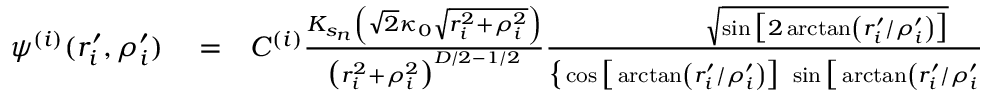
\begin{array} { r l r } { \psi ^ { ( i ) } ( r _ { i } ^ { \prime } , \rho _ { i } ^ { \prime } ) } & { { } = } & { C ^ { ( i ) } \frac { K _ { s _ { n } } \left( \sqrt { 2 } \kappa _ { 0 } \sqrt { r _ { i } ^ { 2 } + \rho _ { i } ^ { 2 } } \right) } { \big ( r _ { i } ^ { 2 } + \rho _ { i } ^ { 2 } \big ) ^ { D / 2 - 1 / 2 } } \frac { \sqrt { \sin \big [ 2 \arctan \left( r _ { i } ^ { \prime } / \rho _ { i } ^ { \prime } \right) \big ] } } { \big \{ \cos \big [ \arctan \left( r _ { i } ^ { \prime } / \rho _ { i } ^ { \prime } \right) \big ] \ \sin \big [ \arctan \left( r _ { i } ^ { \prime } / \rho _ { i } ^ { \prime } \right) \big ] \big \} ^ { D / 2 - 1 / 2 } } } \end{array}